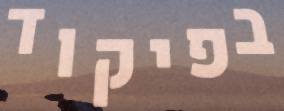
בפיקוד